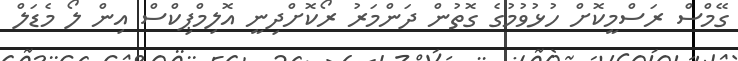
ގޭމްސް ރަސްމީކޮށް ހުޅުވުމުގެ ގޮތުން ދަންމަރު ރޯކޮށްދިނީ އޮލިމްޕިކްސް އިން ލޯ މެޑަލް